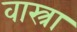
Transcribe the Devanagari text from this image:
वास्त्रा